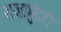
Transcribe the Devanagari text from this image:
राजामुंदरी